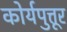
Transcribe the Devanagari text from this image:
कोर्यपुत्तूर